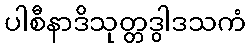
ပါစီနာဒိသုတ္တဒွါဒသကံ